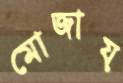
মোজায়